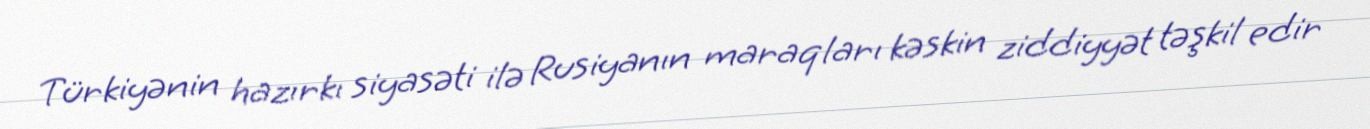
Türkiyənin hazırkı siyasəti ilə Rusiyanın maraqları kəskin ziddiyyət təşkil edir